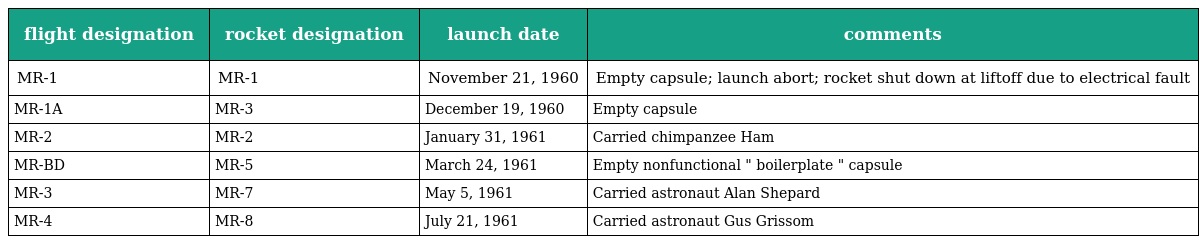
| flight designation | rocket designation | launch date | comments |
 | --- | --- | --- | --- |
 | MR-1 | MR-1 | November 21, 1960 | Empty capsule; launch abort; rocket shut down at liftoff due to electrical fault |
 | MR-1A | MR-3 | December 19, 1960 | Empty capsule |
 | MR-2 | MR-2 | January 31, 1961 | Carried chimpanzee Ham |
 | MR-BD | MR-5 | March 24, 1961 | Empty nonfunctional " boilerplate " capsule |
 | MR-3 | MR-7 | May 5, 1961 | Carried astronaut Alan Shepard |
 | MR-4 | MR-8 | July 21, 1961 | Carried astronaut Gus Grissom |